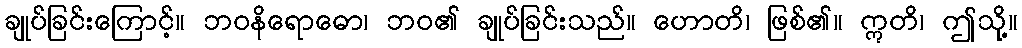
ချုပ်ခြင်းကြောင့်။ ဘဝနိရောဓော၊ ဘဝ၏ ချုပ်ခြင်းသည်။ ဟောတိ၊ ဖြစ်၏။ ဣတိ၊ ဤသို့။